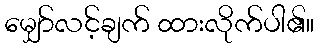
မျှော်လင့်ချက် ထားလိုက်ပါ၏။